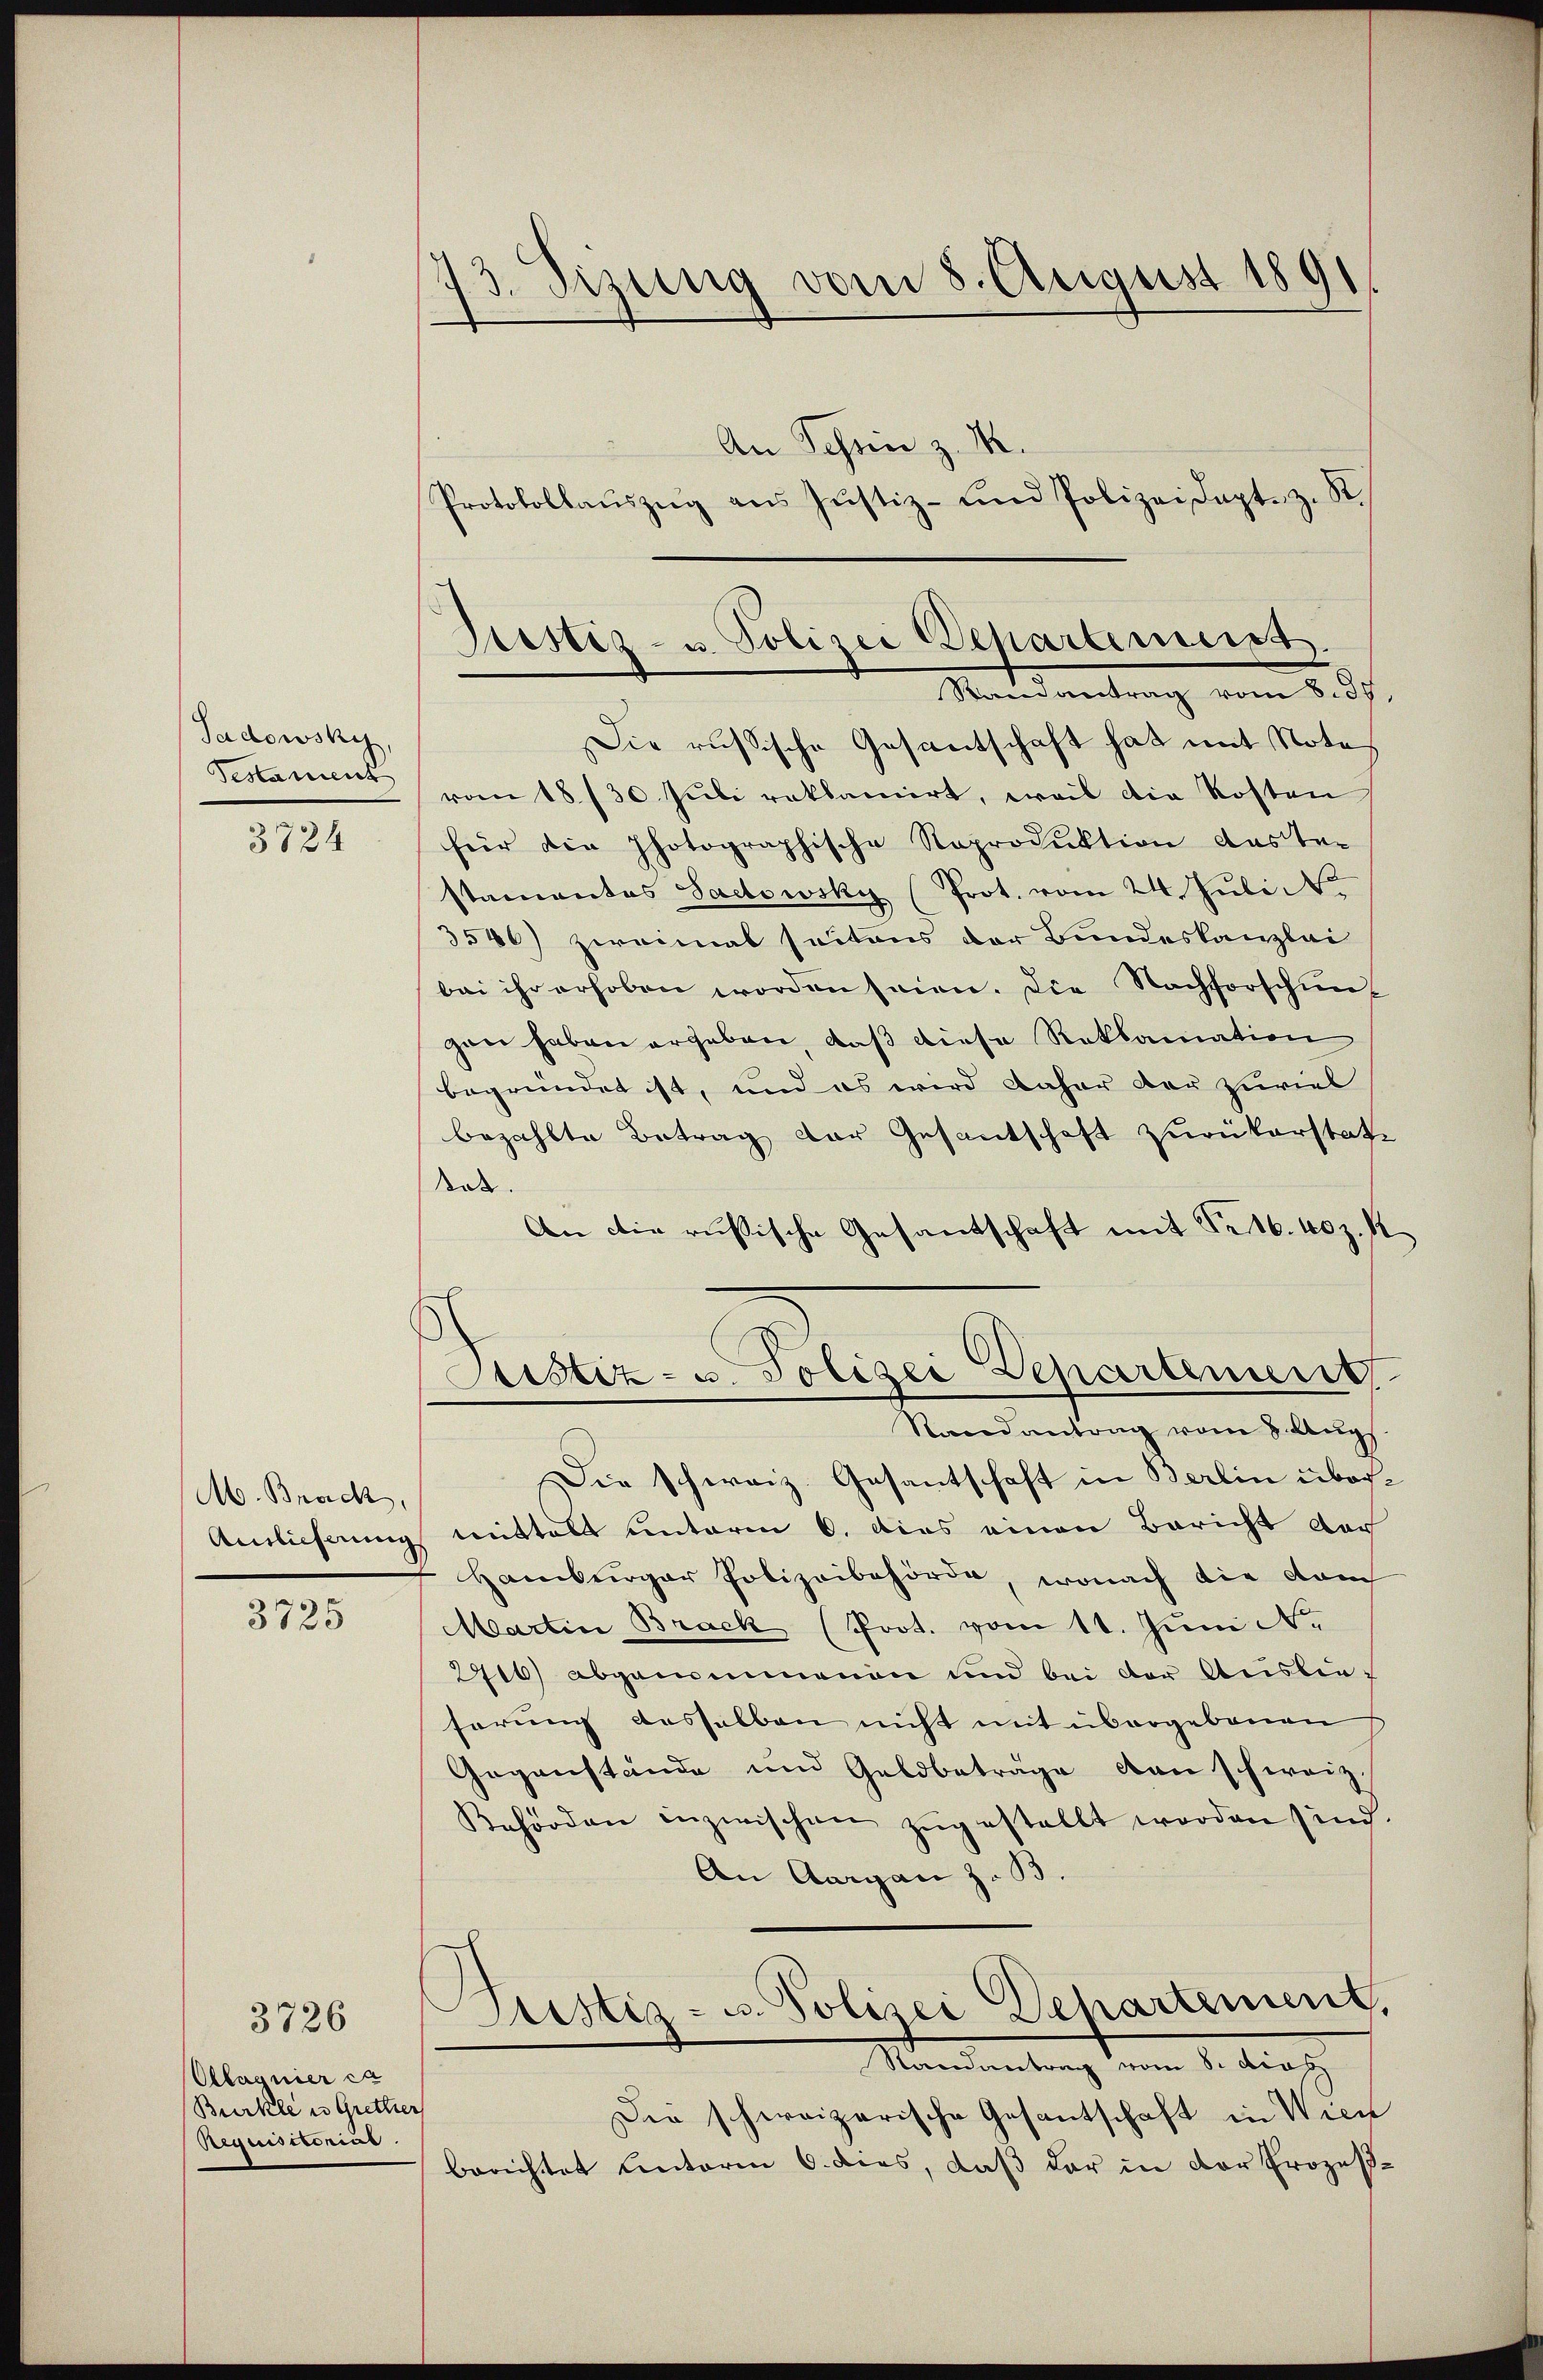
Tadowsky,
Testament

3724

M. Brach,

3725

Olagnier ca
Burkle in Gretter
Requistorius

3726

173. Sizung vom 8. August 1891

An Schein z. B.
Protokollaŭszŭg aŭs Jŭstiz- und Polizeidapt. z. S.

Grestiz- u. Polizei Departemess
Randantrag vom 8. 35.

Sistiz- u. Polizei Schartenund

Die russische Gesantschaft hat mit Note
vom 18./30. Juli reklamirt, weil die Kosten
für die Photographische Reproduktion das Te-
stamentes Sadtowsky (Prot. vom 24. Juli
3546) zweimal seitens der Bundeskanzlei
bei ihr erhoben worden seien. Die Nachforschung
zen haben ergeben, daß diese Reklamation
begründet ist, und es wird daher der zuviel
bezahlte Betrag der Gesantschaft zurückerstatt
Not.
An die russische Gesandschaft mit Sr 16. 40 z. K
Randantrag vom 8. Aug
Die schweiz. Gesantschaft in Berlin über¬
Auslicherung mittels unterm 6. dies einen Bericht dar
Hamburger Polizeibehörde, wonach die dauch
Martin Brack (Prot. vom 11. Juni Nr.
2416) abgenommenen und bei der Auslieserung desselben nicht mit übergebenen
Gegenstände und Geldbetrage man schweiz.
Behörden inzwischen zŭgestellt worden sind.
An Aargau z. B.
Justiz- u. Polizei Dehartement,
Mandantung dem 1. Sieg
Die schweizerische Gesantschaft in Wien
berichtet unterm 6. dies, daß der in der Prozeß¬